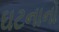
ઘટનાનો